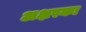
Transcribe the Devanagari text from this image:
अक्षरका